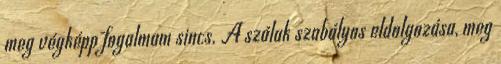
meg végképp fogalmam sincs. A szálak szabályos eldolgozása, meg